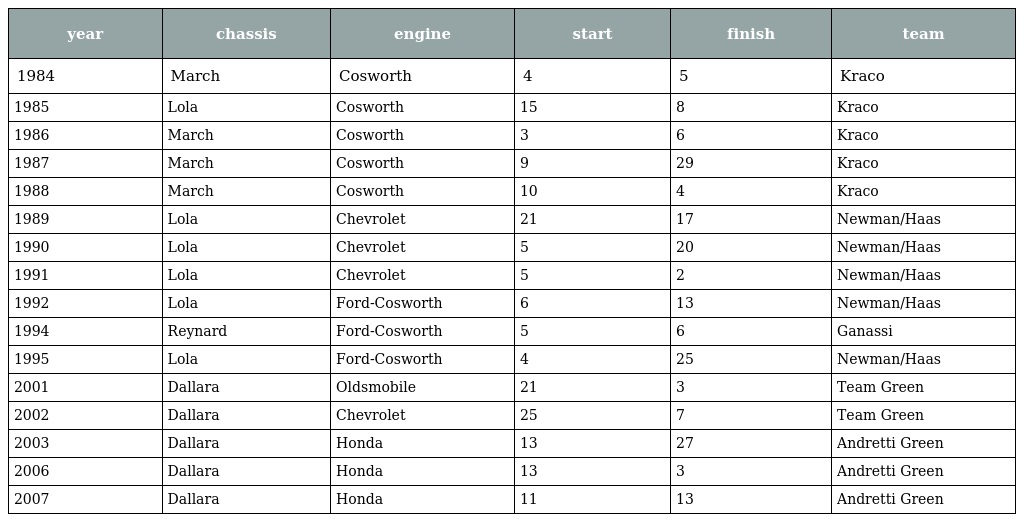
| year | chassis | engine | start | finish | team |
 | --- | --- | --- | --- | --- | --- |
 | 1984 | March | Cosworth | 4 | 5 | Kraco |
 | 1985 | Lola | Cosworth | 15 | 8 | Kraco |
 | 1986 | March | Cosworth | 3 | 6 | Kraco |
 | 1987 | March | Cosworth | 9 | 29 | Kraco |
 | 1988 | March | Cosworth | 10 | 4 | Kraco |
 | 1989 | Lola | Chevrolet | 21 | 17 | Newman/Haas |
 | 1990 | Lola | Chevrolet | 5 | 20 | Newman/Haas |
 | 1991 | Lola | Chevrolet | 5 | 2 | Newman/Haas |
 | 1992 | Lola | Ford-Cosworth | 6 | 13 | Newman/Haas |
 | 1994 | Reynard | Ford-Cosworth | 5 | 6 | Ganassi |
 | 1995 | Lola | Ford-Cosworth | 4 | 25 | Newman/Haas |
 | 2001 | Dallara | Oldsmobile | 21 | 3 | Team Green |
 | 2002 | Dallara | Chevrolet | 25 | 7 | Team Green |
 | 2003 | Dallara | Honda | 13 | 27 | Andretti Green |
 | 2006 | Dallara | Honda | 13 | 3 | Andretti Green |
 | 2007 | Dallara | Honda | 11 | 13 | Andretti Green |